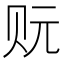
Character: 𰷡